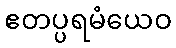
ဧတပ္ပရမံယေဝ